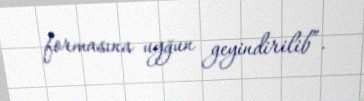
formasına uyğun geyindirilib”.